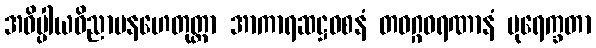
အဓိပ္ပါယဝိညာပနဟေတုတ္တာ အာကာရဆဋ္ဌဝစနံ တဝဂ္ဂဝရဏာနံ ပုရေက္ခတာ